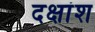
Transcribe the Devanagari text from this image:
दक्षांश